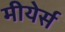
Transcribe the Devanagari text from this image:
मीयेर्स